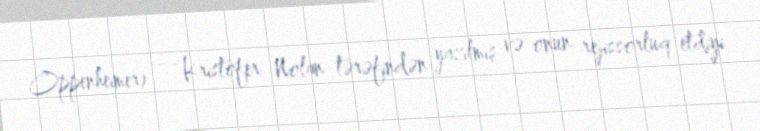
Oppenheimer) — Kristofer Nolan tərəfindən yazılmış və onun rejissorluq etdiyi